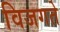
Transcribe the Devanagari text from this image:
विजगते